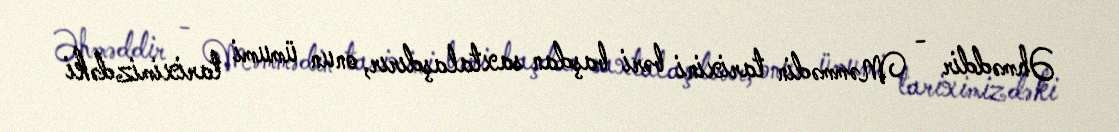
Əhməddir - Məmmədin tarixini bəri başdan saxtalaşdırır, onun ümumi tariximizdəki